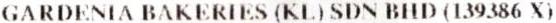
GARDENIA BAKERIES (KL) SDN BHD (139386 X)